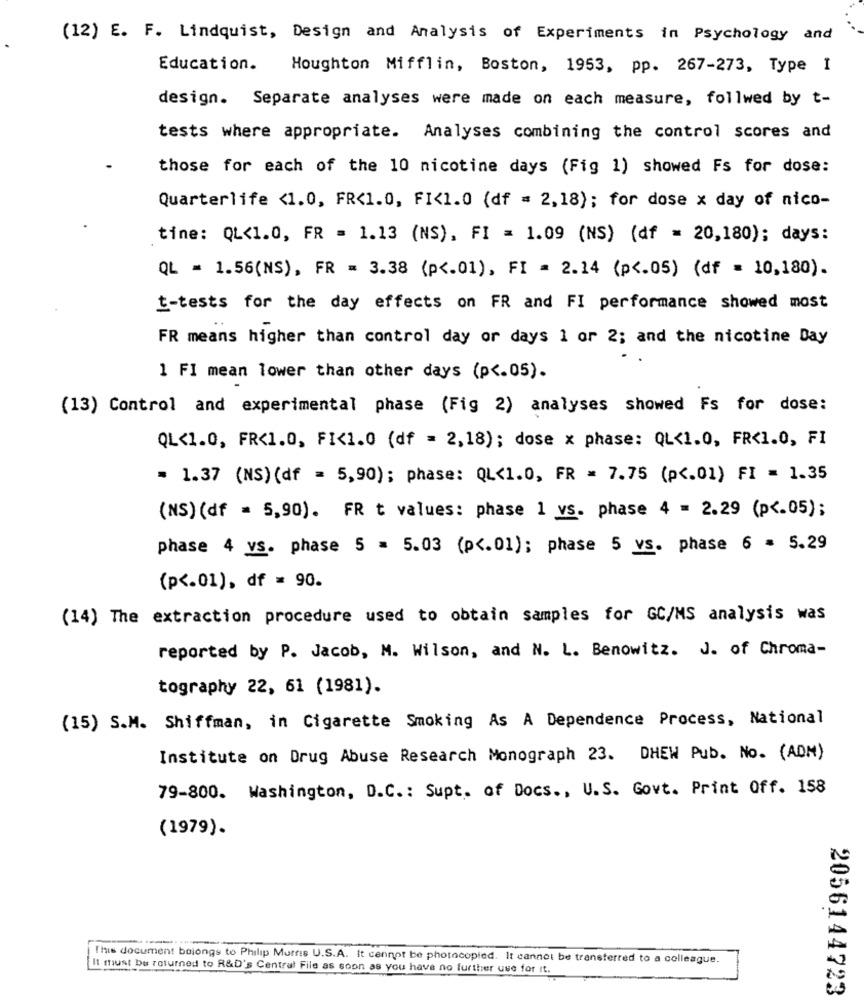
(12) E. F. Lindquist, Design and Analysis of Experiments in Psychology and
Education.
Houghton Mifflin, Boston, 1953, pp. 267-273, Type I
design. Separate analyses were made on each measure, follwed by t-
tests where appropriate. Analyses combining the control scores and
those for each of the 10 nicotine days (Fig 1) showed Fs for dose:
Quarterlife <1.0, FR<1.0, FI<1.0 (df = 2,18); for dose x day of nico-
tine: QL<1.0, FR = 1.13 (NS), FI = 1.09 (NS) (df = 20,180); days:
QL = 1.56(NS), FR = 3.38 (p <. 01), FI = 2.14 (p <. 05) (df = 10,180).
t-tests for the day effects on FR and FI performance showed most
FR means higher than control day or days 1 or 2; and the nicotine Day
1 FI mean lower than other days (p <. 05).
(13) Control and experimental phase (Fig 2) analyses showed Fs for dose:
QL<1.0, FR<1.0, FI<1.0 (df = 2,18); dose x phase: QL<1.0, FR<1.0, FI
= 1.37 (NS) (df = 5,90); phase: QL<1.0, FR = 7.75 (p <. 01) FI = 1.35
(NS) (df = 5,90). FR t values: phase 1 vs. phase 4 = 2.29 (p <. 05);
phase 4 vs. phase 5 = 5.03 (p <. 01); phase 5 vs. phase 6 = 5.29
(p <. 01), df = 90.
(14) The extraction procedure used to obtain samples for GC/MS analysis was
reported by P. Jacob, M. Wilson, and N. L. Benowitz. J. of Chroma-
tography 22, 61 (1981).
(15) S.M. Shiffman, in Cigarette Smoking As A Dependence Process, National
Institute on Drug Abuse Research Monograph 23. DHEW Pub. No. (ADM)
79-800. Washington, D.C .: Supt. of Docs ., U.S. Govt. Print Off. 158
(1979).
This document belongs to Philip Morris U.S.A. It cannot be photocopied. It cannot be transferred to a colleague.
Il must be returned to R&D's Central File as soon as you have no further use for it.
2056144723